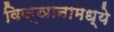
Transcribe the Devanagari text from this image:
विज्ञानामध्ये